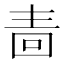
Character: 𭍠